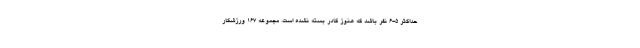
حداکثر 5-6 نفر باشد که هنوز کادر بسته نشده است. مجموعه 167 ورزشکار